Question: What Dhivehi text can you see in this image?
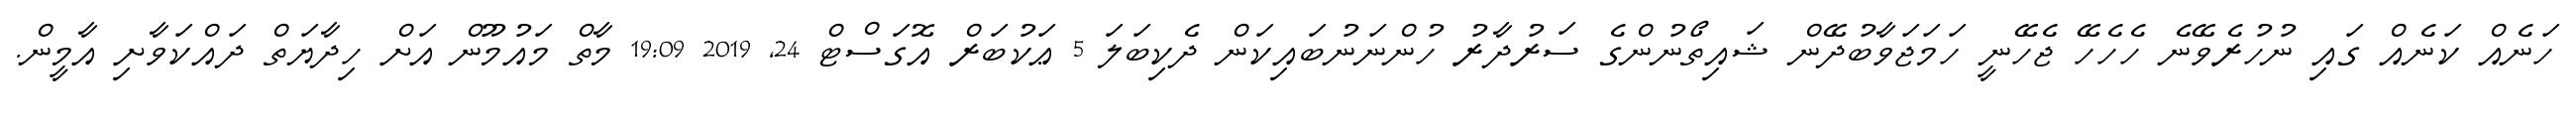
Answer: ހަނެއް ކަނެއް ގައި ނުހުރެވޭނެ ހެހެހޭ ޖެހޭނީ ހަމަޖަވާބުދޭން ޝައިތޯނުންގެ ސަރުދާރު ހުންނަނުބައިކަން ދެކިބަލަ 5 ޢަކުބަރް އޮގަސްޓް 24, 2019 19:09 މާތް މައުމޫން އަށް ހިދާޔަތް ދައްކަވާށި އާމީން.